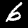
Digit: 6